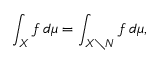
\int _ { X } f \, d \mu = \int _ { X \setminus N } f \, d \mu ,